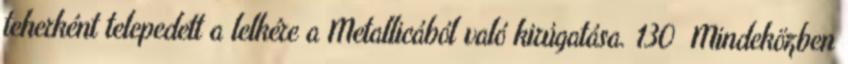
teherként telepedett a lelkére a Metallicából való kirúgatása. 130 Mindeközben